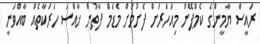
ރައީސް ޔާމީންގެ ކެމްޕޭން މިއަހަރަށް ފެށުމަށް މެޑަމް ފާތުން ޚާއްސަ ހަރަކާތެއް ބާއްވަނީ